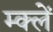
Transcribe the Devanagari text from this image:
म्क्लेँ